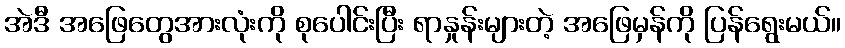
အဲဒီ အဖြေတွေအားလုံးကို စုပေါင်းပြီး ရာနှုန်းများတဲ့ အဖြေမှန်ကို ပြန်ရွေးမယ်။